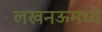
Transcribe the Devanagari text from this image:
लखनऊमध्ये